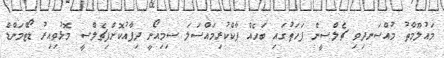
މައުލޫމާތު މުއްސަނދިވި ޗެލްސީން ފަހަތުގައި ބަހެއް ޕާކްކުރިމައްސަލަ ސިމިއޯނީ ދިފާއުކޮށްފިޗެލްސީ މޮޅުވިއިރު ޑޯޓްމަންޑް